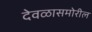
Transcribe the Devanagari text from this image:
देवळासमोरील